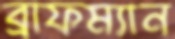
ব্রাফম্যান